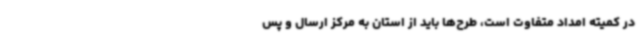
در کمیته امداد متفاوت است، طرح‌ها باید از استان به مرکز ارسال و پس